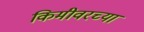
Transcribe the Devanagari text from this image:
किमीवरच्या